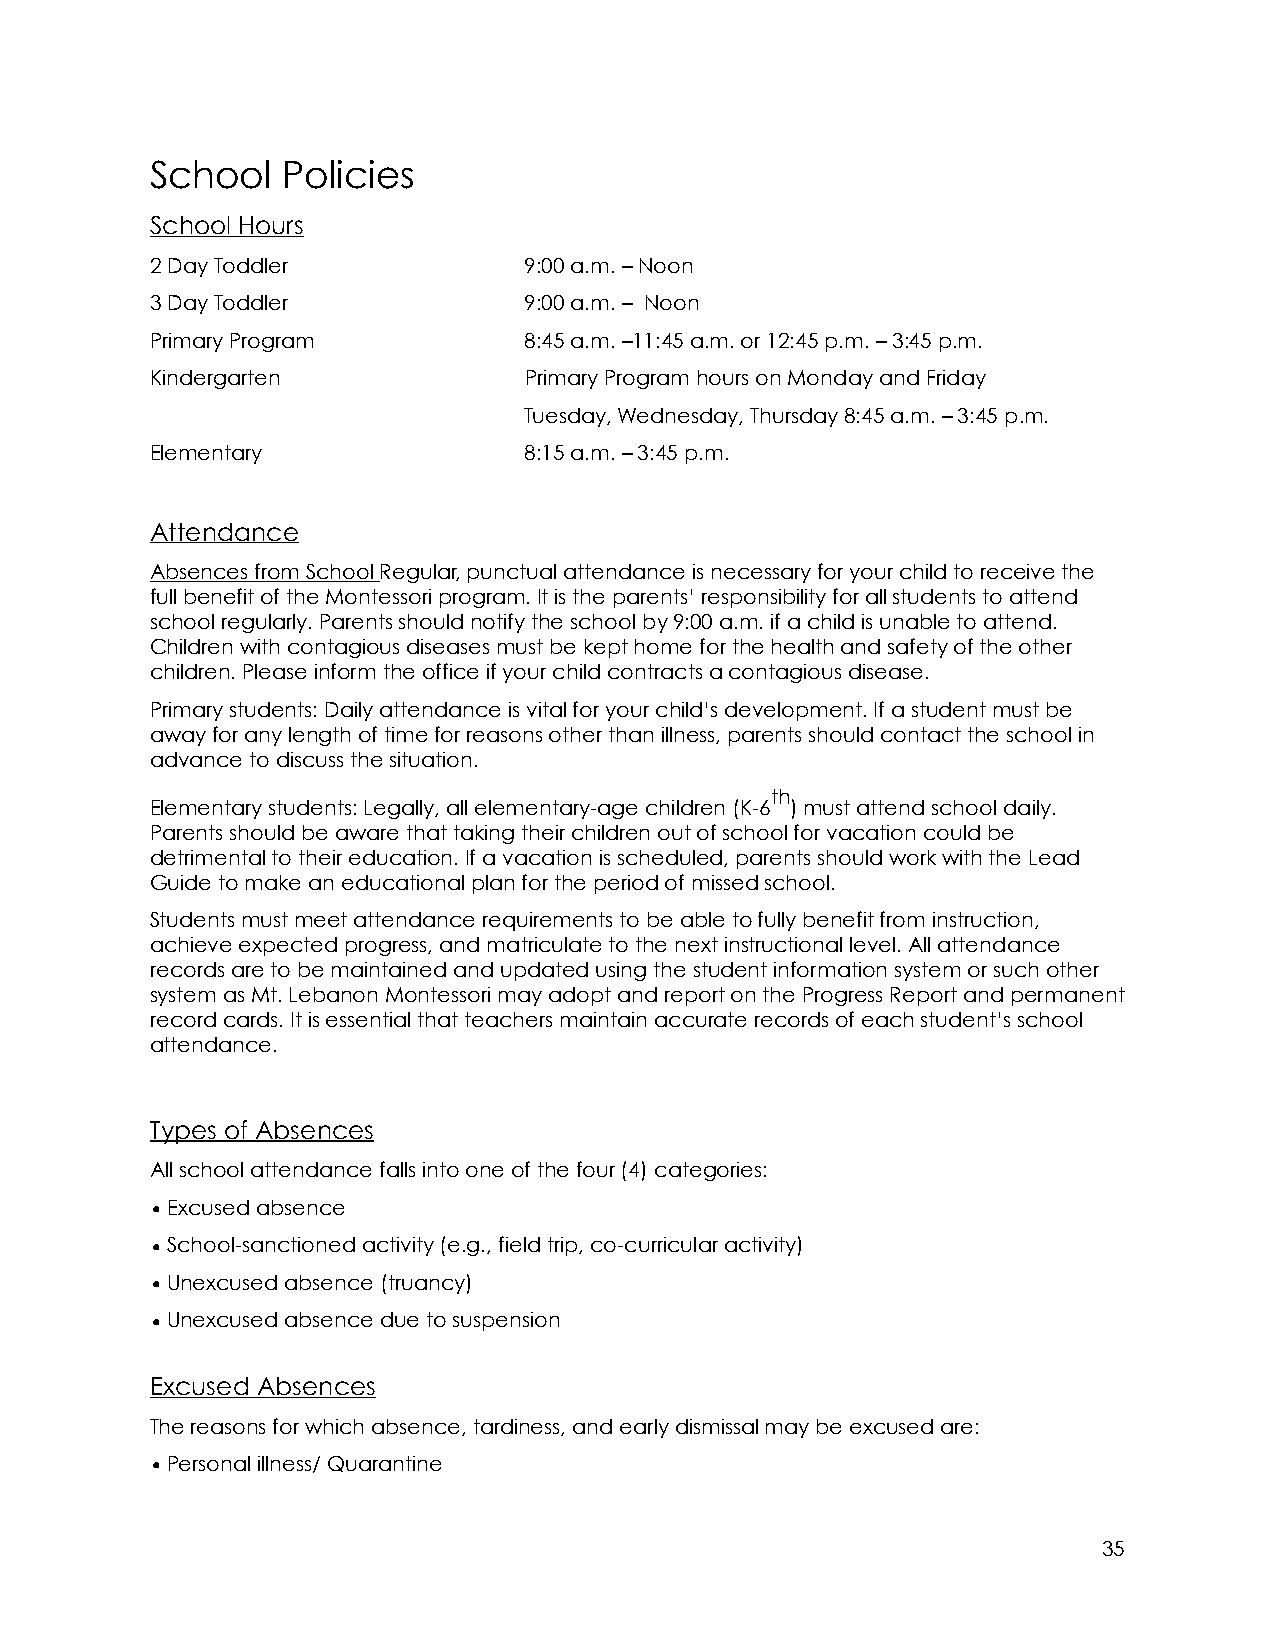
School   Policies
 School Hours
 2 Day Toddler            9:00 a.m. – Noon
 3 Day Toddler            9:00 a.m. – Noon
 Primary Program          8:45 a.m. –11:45 a.m. or 12:45 p.m. – 3:45 p.m.
 Kindergarten             Primary Program hours on Monday and Friday
 Tuesday, Wednesday, Thursday 8:45 a.m. – 3:45 p.m.
 Elementary               8:15 a.m. – 3:45 p.m.
 Attendance
 Absences from School Regular, punctual attendance is necessary for your child to receive the
 full benefit of the Montessori program. It is the parents’ responsibility for all students to attend
 school regularly. Parents should notify the school by 9:00 a.m. if a child is unable to attend.
 Children with contagious diseases must be kept home for the health and safety of the other
 children. Please inform the office if your child contracts a contagious disease.
 Primary students: Daily attendance is vital for your child’s development. If a student must be
 away for any length of time for reasons other than illness, parents should contact the school in
 advance to discuss the situation.
 th
 Elementary students: Legally, all elementary-age children (K-6 ) must attend school daily.
 Parents should be aware that taking their children out of school for vacation could be
 detrimental to their education. If a vacation is scheduled, parents should work with the Lead
 Guide to make an educational plan for the period of missed school.
 Students must meet attendance requirements to be able to fully benefit from instruction,
 achieve expected progress, and matriculate to the next instructional level. All attendance
 records are to be maintained and updated using the student information system or such other
 system as Mt. Lebanon Montessori may adopt and report on the Progress Report and permanent
 record cards. It is essential that teachers maintain accurate records of each student’s school
 attendance.
 Types of Absences
 All school attendance falls into one of the four (4) categories:
 •Excused absence
 •School-sanctioned activity (e.g., field trip, co-curricular activity)
 •Unexcused absence (truancy)
 •Unexcused absence due to suspension
 Excused Absences
 The reasons for which absence, tardiness, and early dismissal may be excused are:
 •Personal illness/ Quarantine
 35